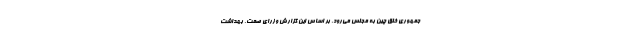
جمهوری خلق چین به مجلس می‌رود. بر اساس این گزارش وزرای صمت، بهداشت